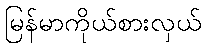
မြန်မာကိုယ်စားလှယ်